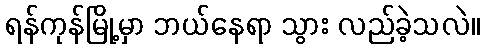
ရန်ကုန်မြို့မှာ ဘယ်နေရာ သွား လည်ခဲ့သလဲ။